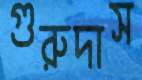
গুরুদাস